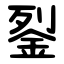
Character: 銐